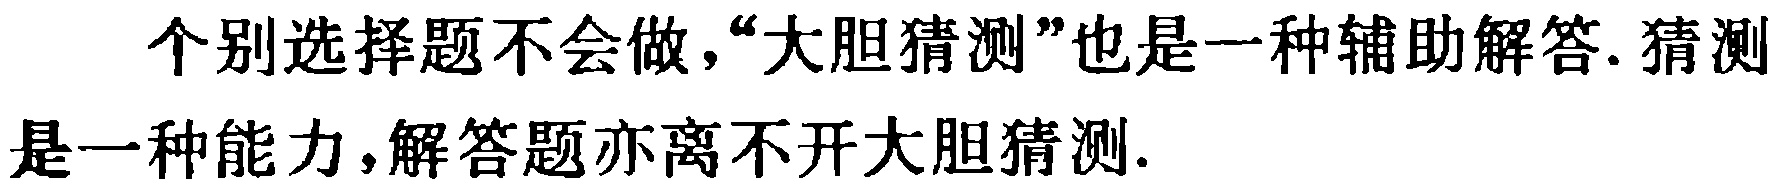
个别选择题不会做,“大胆猜测”也是一种辅助解答. 猜测是一种能力,解答题亦离不开大胆猜测.